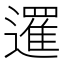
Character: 𨗴